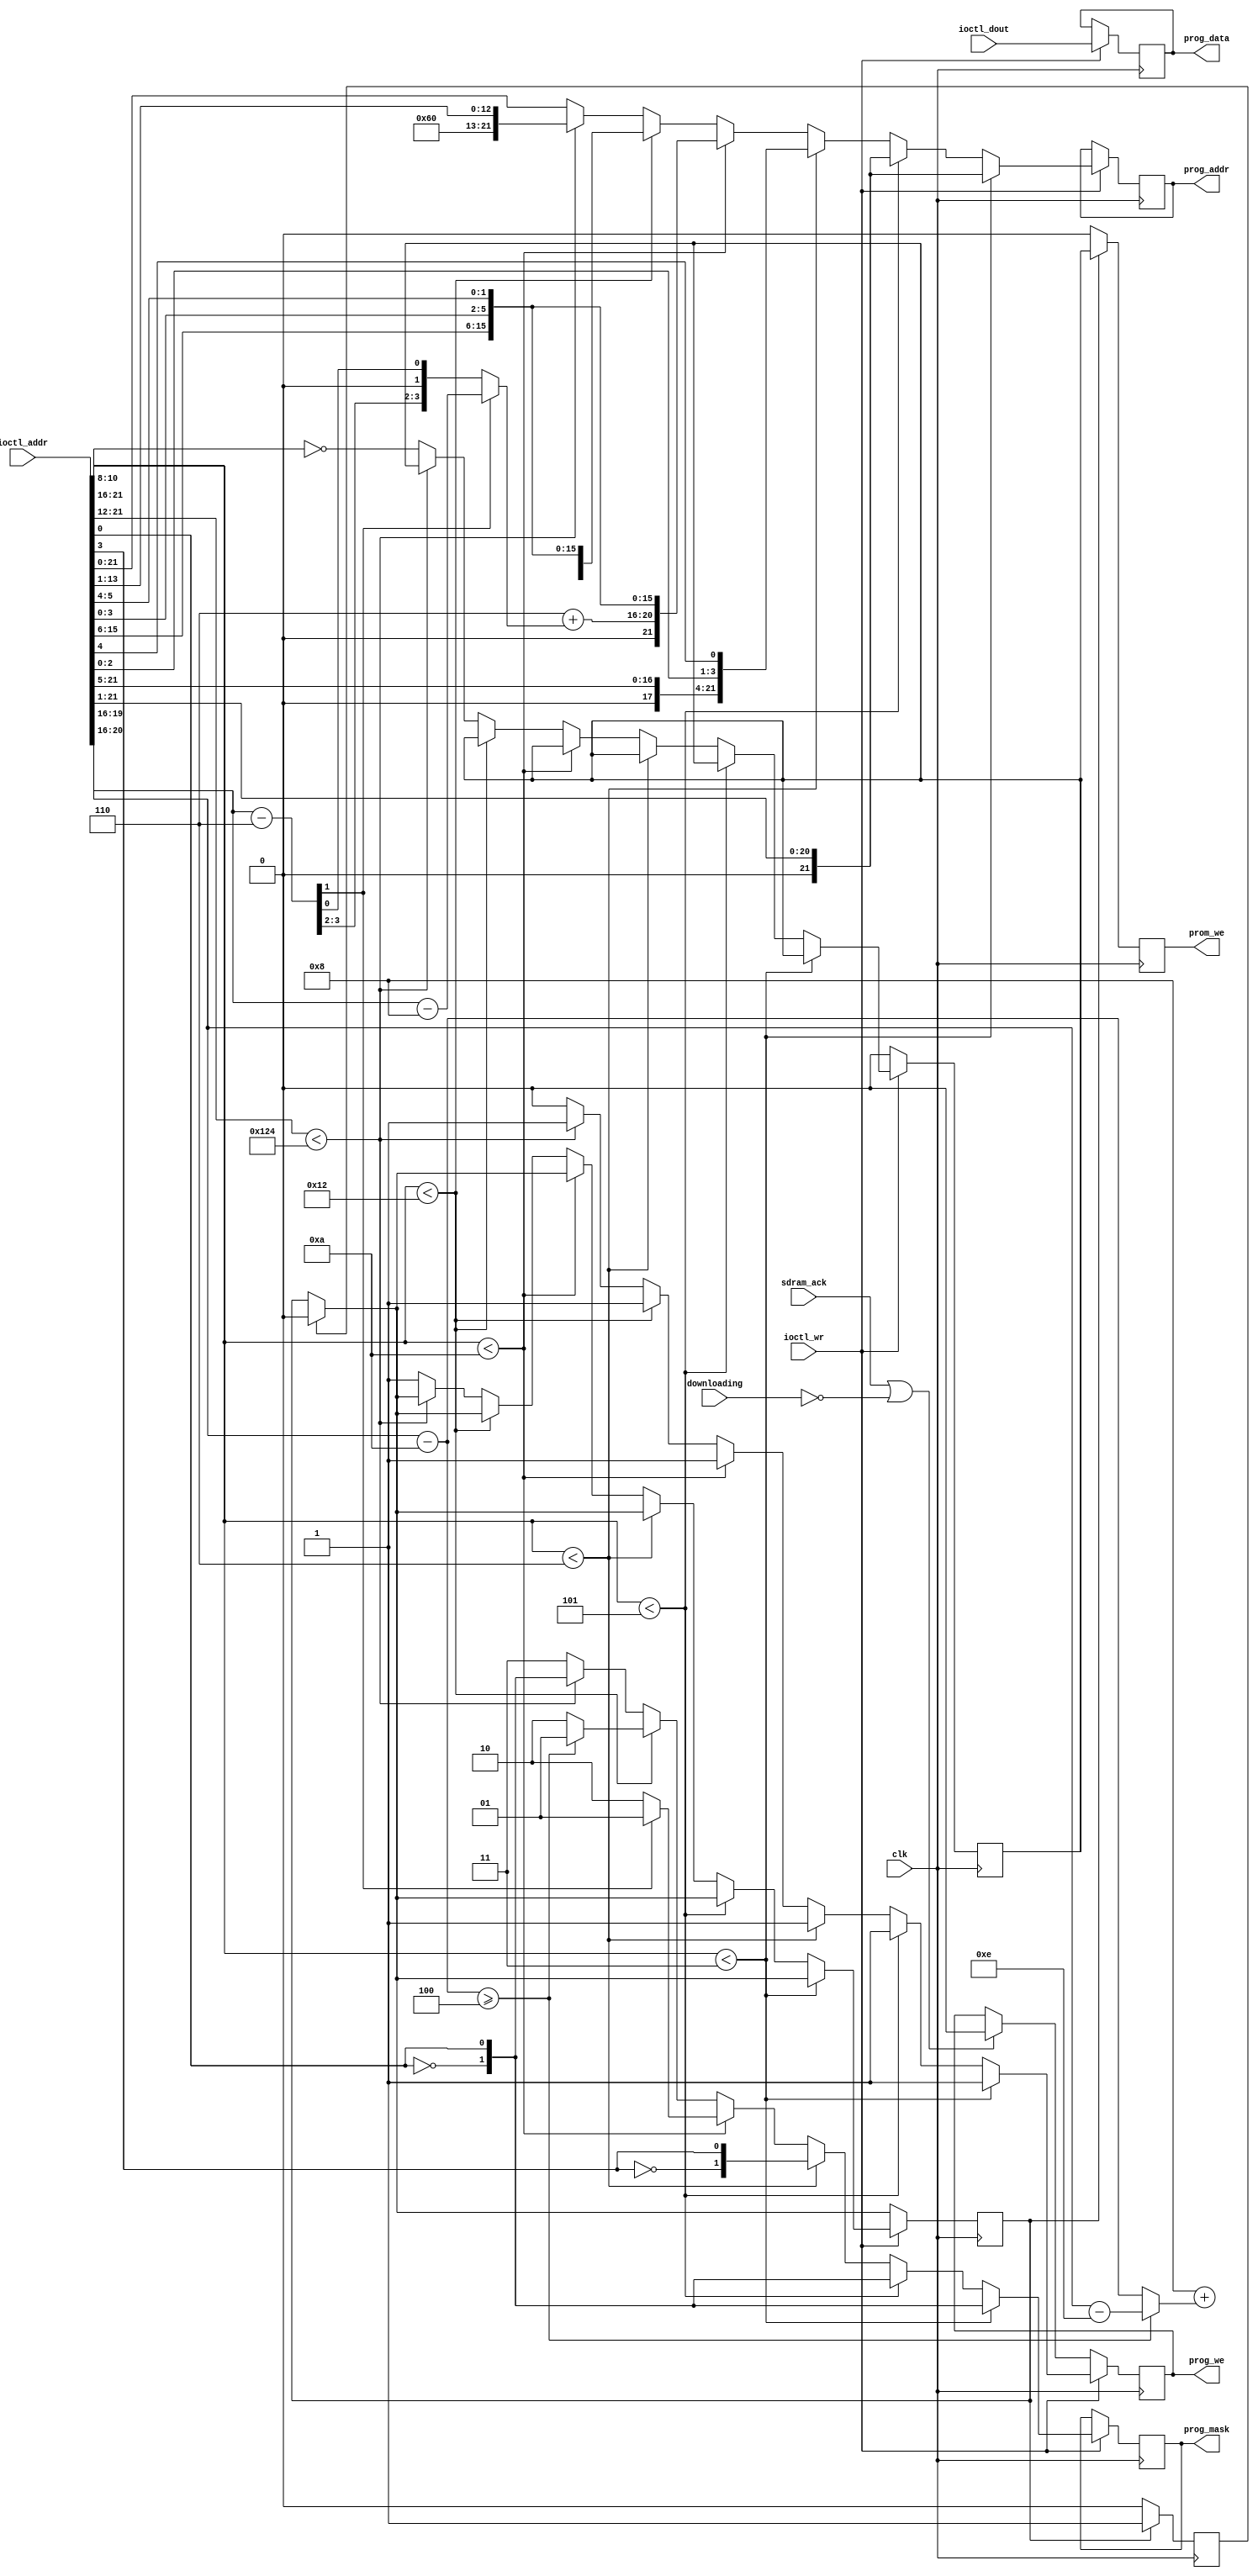
/*  This file is part of JTCORES.
    JTCORES program is free software: you can redistribute it and/or modify
    it under the terms of the GNU General Public License as published by
    the Free Software Foundation, either version 3 of the License, or
    (at your option) any later version.

    JTCORES program is distributed in the hope that it will be useful,
    but WITHOUT ANY WARRANTY; without even the implied warranty of
    MERCHANTABILITY or FITNESS FOR A PARTICULAR PURPOSE.  See the
    GNU General Public License for more details.

    You should have received a copy of the GNU General Public License
    along with JTCORES.  If not, see <http://www.gnu.org/licenses/>.

    Author: Jose Tejada Gomez. Twitter: @topapate
    Version: 1.0
    Date: 2-12-2017 */

// SCR is written starting at 0x4_0000 of SDRAM
// OBJ from 0x8_0000

// Skip test and legal screens
// Replace 7eb825 for 7e8063 in main (non banked) CPU ROM.
// The game will boot directly to the demo


module jtdd_prom_we(
    input                clk,
    input                downloading,
    input      [24:0]    ioctl_addr,
    input      [ 7:0]    ioctl_dout,
    input                ioctl_wr,
    output reg [21:0]    prog_addr,
    output reg [ 7:0]    prog_data,
    output reg [ 1:0]    prog_mask, // active low
    output reg           prog_we,
    output reg           prom_we,
    input                sdram_ack
);

parameter PW=1;

parameter BANK_ADDR   = 22'h00000;
parameter MAIN_ADDR   = 22'h20000;
parameter SND_ADDR    = 22'h28000;
parameter ADPCM_0     = 22'h30000;
parameter ADPCM_1     = 22'h40000;
parameter CHAR_ADDR   = 22'h50000;
// Scroll
parameter SCRZW_ADDR  = 22'h60000;
parameter SCRXY_ADDR  = 22'h80000;
// objects
parameter OBJWZ_ADDR  = 22'hA0000;
parameter OBJXY_ADDR  = 22'hE0000;
// FPGA BRAM:
parameter MCU_ADDR    = 22'h120000;
parameter PROM_ADDR   = 22'h124000;
// ROM length 124300
localparam SCRWR = 5'd6;
localparam OBJWR = 5'd8;

localparam [4:0] OBJHALF = OBJXY_ADDR[20:16]-OBJWZ_ADDR[20:16];

`ifdef SIMULATION
// simulation watchers
reg w_main, w_snd, w_char, w_scr, w_obj, w_mcu, w_prom, w_adpcm;
`define CLR_ALL   {w_main, w_snd, w_char, w_scr, w_obj, w_mcu, w_prom, w_adpcm} <= 8'd0;
`define INFO_MAIN  w_main <= 1'b1;
`define INFO_SND   w_snd  <= 1'b1;
`define INFO_CHAR  w_char <= 1'b1;
`define INFO_ADPCM w_adpcm<= 1'b1;
`define INFO_SCR   w_scr  <= 1'b1;
`define INFO_OBJ   w_obj  <= 1'b1;
`define INFO_MCU   w_mcu  <= 1'b1;
`define INFO_PROM  w_prom <= 1'b1;
`else
// nothing for synthesis
`define CLR_ALL  
`define INFO_MAIN 
`define INFO_SND  
`define INFO_CHAR 
`define INFO_ADPCM 
`define INFO_SCR  
`define INFO_OBJ  
`define INFO_MCU  
`define INFO_PROM 
`endif

reg set_strobe, set_done;
reg [PW-1:0] prom_we0 = {PW{1'd0}};

always @(posedge clk) begin
    prom_we <= {PW{1'd0}};
    if( set_strobe ) begin
        prom_we <= prom_we0;
        set_done <= 1'b1;
    end else if(set_done) begin
        set_done <= 1'b0;
    end
end

wire [3:0] scr_msb  = ioctl_addr[19:16]-SCRZW_ADDR[19:16];
wire [3:0] scr2_msb = ioctl_addr[19:16]-SCRXY_ADDR[19:16];
wire [4:0] obj_msb  = ioctl_addr[20:16]-OBJWZ_ADDR[20:16];
wire [4:0] obj2_msb = ioctl_addr[20:16]-OBJXY_ADDR[20:16];
wire       scr_top  = scr_msb[1];
wire       obj_top  = obj_msb>=OBJHALF;
wire [1:0] mask8    = {~ioctl_addr[0], ioctl_addr[0]};

always @(posedge clk) begin
    if( set_done ) set_strobe <= 1'b0;
    if ( ioctl_wr ) begin
        prog_we   <= 1'b1;
        prog_data <= ioctl_dout;
        `CLR_ALL
        if(ioctl_addr[21:16] < ADPCM_0[21:16]) begin // Main/Sound ROM
            prog_addr <= {1'b0, ioctl_addr[21:1]};
            prog_mask <= mask8;
            `INFO_MAIN
            `INFO_SND
        end
        else if(ioctl_addr[21:16] < CHAR_ADDR[21:16]) begin // ADPCM
            prog_addr <= {1'b0, ioctl_addr[21:1]};
            prog_mask <= mask8;
            `INFO_ADPCM
        end
        else if(ioctl_addr[21:16] < SCRZW_ADDR[21:16]) begin // CHAR ROM
            prog_addr <= {1'b0, ioctl_addr[21:5], ioctl_addr[2:0], ioctl_addr[4]};
            prog_mask <= {~ioctl_addr[3], ioctl_addr[3]};
            `INFO_CHAR
        end
        else if(ioctl_addr[21:16] < OBJWZ_ADDR[21:16] ) begin // Scroll    
            prog_mask <= scr_top ? 2'b01 : 2'b10;
            prog_addr <= { SCRWR+{1'b0,scr_top ? scr2_msb : scr_msb}, 
                ioctl_addr[15:6], ioctl_addr[3:0], ioctl_addr[5:4] };
            `INFO_SCR
        end
        else if(ioctl_addr[21:16] < MCU_ADDR[21:16] ) begin // Objects
            prog_mask <= !obj_top ? 2'b10 : 2'b01;
            prog_addr <= { OBJWR+( obj_top  ? obj2_msb : obj_msb), 
                ioctl_addr[15:6], ioctl_addr[3:0], ioctl_addr[5:4] };
            `INFO_OBJ
        end
        else if(ioctl_addr[21:12] < PROM_ADDR[21:12] ) begin // MCU
            prog_addr <= { 6'hC,3'b0, ioctl_addr[13:1] };
            prog_mask <= mask8;
            `INFO_MCU
        end
        else begin // PROMs
            prog_addr <= ioctl_addr[21:0];
            prog_we   <= 1'b0;
            prog_mask <= 2'b11;
            prom_we0  <= ioctl_addr[10:8] == 3'd0;
            set_strobe<= 1'b1;
            `INFO_PROM
        end
    end
    else begin
        if(sdram_ack || !downloading) prog_we  <= 1'b0;
        prom_we0 <= {PW{1'd0}};
    end
end

endmodule